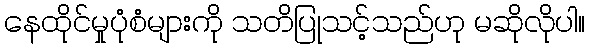
နေထိုင်မှုပုံစံများကို သတိပြုသင့်သည်ဟု မဆိုလိုပါ။